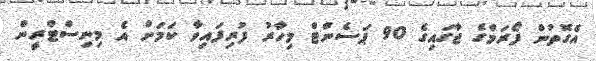
އެގޮތުން ފޯރަމްގެ ޖާގައިގެ 90 ޕަސެންޓް މިހާރު ފުރިފައިވާ ކަމަށް އެ މިނިސްޓްރީން